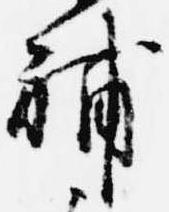
補